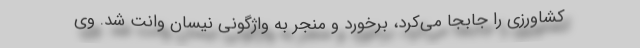
کشاورزی را جابجا می‌کرد، برخورد و منجر به واژگونی نیسان وانت شد. وی